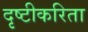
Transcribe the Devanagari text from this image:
दृष्टीकरिता